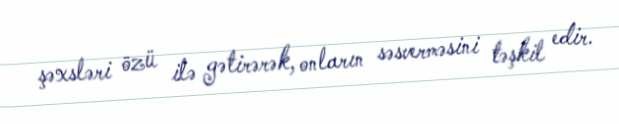
şəxsləri özü ilə gətirərək, onların səsverməsini təşkil edir.